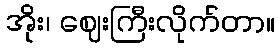
အိုး၊ ဈေးကြီးလိုက်တာ။